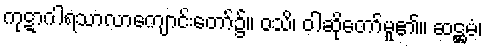
ကုဋာဂါရသာလာကျောင်းတော်၌။ ဝသိ၊ ဝါဆိုတော်မူ၏။ ဆဋ္ဌမံ၊